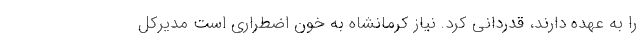
را به عهده دارند، قدردانی کرد. نیاز کرمانشاه به خون اضطراری است مدیرکل